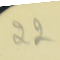
22